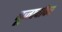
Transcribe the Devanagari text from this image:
पूजार्चाका